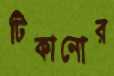
টিকানোর